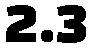
2.3